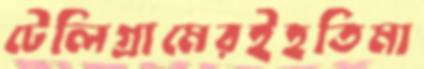
টেলিগ্রামেরইহতিমা